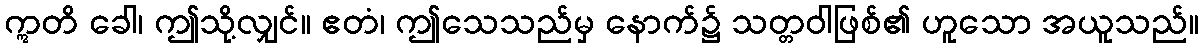
ဣတိ ခေါ၊ ဤသို့လျှင်။ ဧတံ၊ ဤသေသည်မှ နောက်၌ သတ္တဝါဖြစ်၏ ဟူသော အယူသည်။